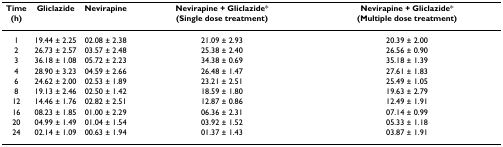
| Time(h) | Gliclazide | Nevirapine | Nevirapine + Gliclazide*(Single dose treatment) | Nevirapine + Gliclazide*(Multiple dose treatment) |
 | --- | --- | --- | --- | --- |
 | 1 | 19.44 ± 2.25 | 02.08 ± 2.38 | 21.09 ± 2.93 | 20.39 ± 2.00 |
 | 2 | 26.73 ± 2.57 | 03.57 ± 2.48 | 25.38 ± 2.40 | 26.56 ± 0.90 |
 | 3 | 36.18 ± 1.08 | 05.72 ± 2.23 | 34.38 ± 0.69 | 35.18 ± 1.39 |
 | 4 | 28.90 ± 3.23 | 04.59 ± 2.66 | 26.48 ± 1.47 | 27.61 ± 1.83 |
 | 6 | 24.62 ± 2.00 | 02.53 ± 1.89 | 23.21 ± 2.51 | 25.49 ± 1.05 |
 | 8 | 19.13 ± 2.46 | 02.50 ± 1.42 | 18.59 ± 1.80 | 19.63 ± 2.79 |
 | 12 | 14.46 ± 1.76 | 02.82 ± 2.51 | 12.87 ± 0.86 | 12.49 ± 1.91 |
 | 16 | 08.23 ± 1.85 | 01.00 ± 2.29 | 06.36 ± 2.31 | 07.14 ± 0.99 |
 | 20 | 04.99 ± 1.49 | 01.04 ± 1.54 | 03.92 ± 1.52 | 05.33 ± 1.18 |
 | 24 | 02.14 ± 1.09 | 00.63 ± 1.94 | 01.37 ± 1.43 | 03.87 ± 1.91 |